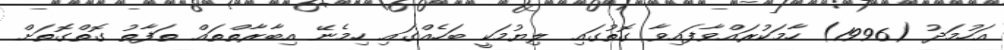
އަހުމަދު (1996) ހާމަކުރައްވާފައިވާ ގޮތުގައި ލިޔުމަކީ ބަހެއްގައި ހިމެނޭ އިބާރާތްތައް ތަފާތު ގޮތްގޮތަށް